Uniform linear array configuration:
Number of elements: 32
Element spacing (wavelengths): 1
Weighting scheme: kaiser
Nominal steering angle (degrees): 0
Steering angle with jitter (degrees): -1.23
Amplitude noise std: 0.05
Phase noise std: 0.05

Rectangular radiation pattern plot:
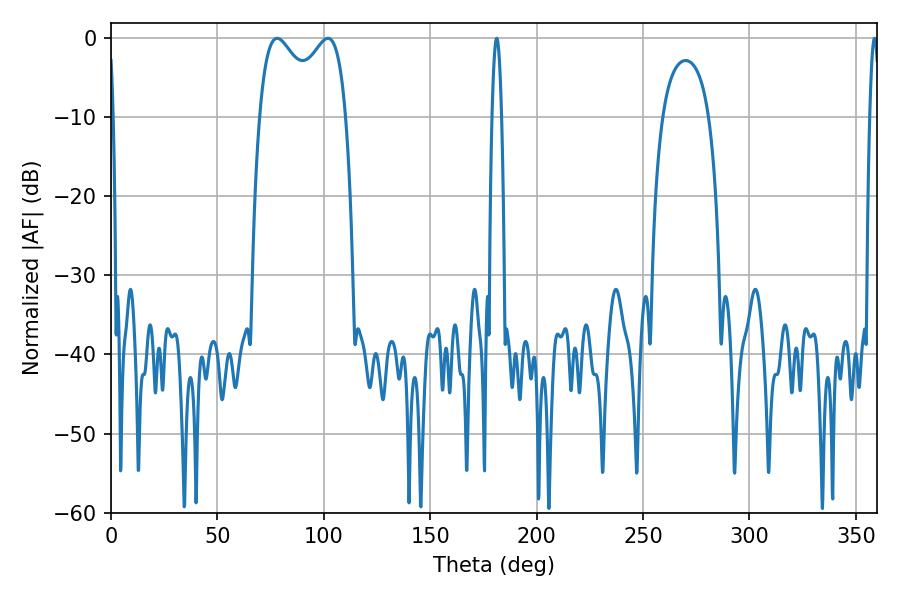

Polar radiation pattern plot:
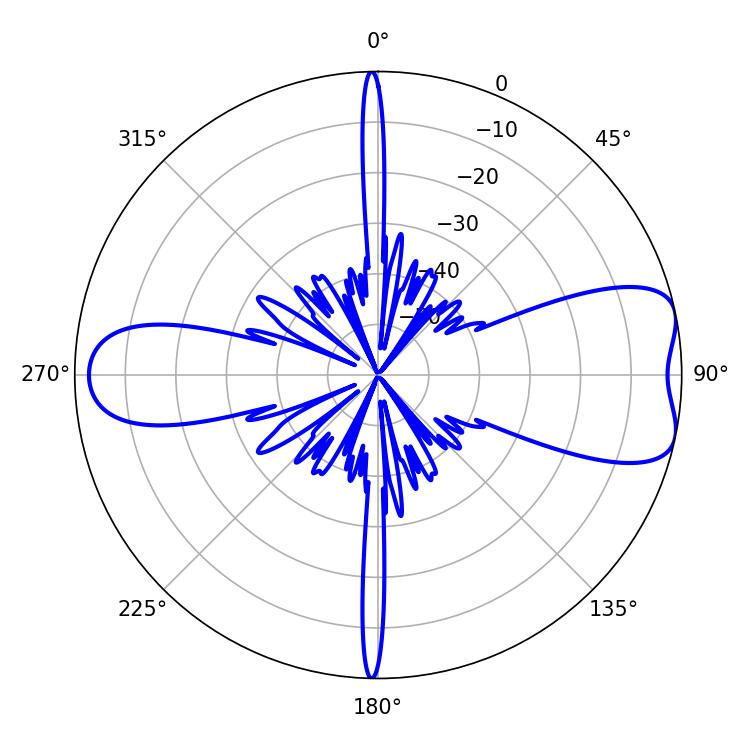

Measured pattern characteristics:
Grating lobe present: TRUE
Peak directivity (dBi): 7.758
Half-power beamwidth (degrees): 33.84
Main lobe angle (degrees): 78.12